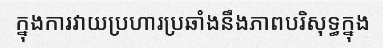
ក្នុងការវាយប្រហារប្រឆាំងនឹងភាពបរិសុទ្ធក្នុង